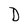
Character: D